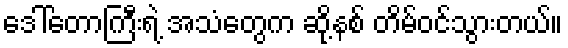
ဒေါ်တောကြီးရဲ့ အသံတွေက ဆို့နစ် တိမ်ဝင်သွားတယ်။